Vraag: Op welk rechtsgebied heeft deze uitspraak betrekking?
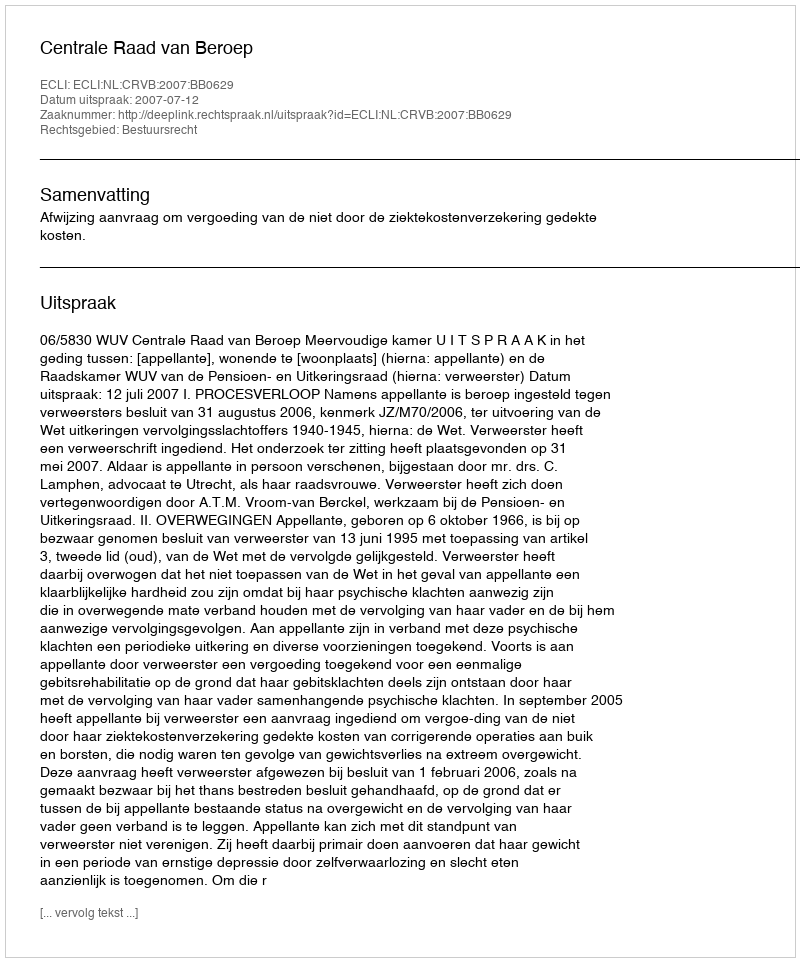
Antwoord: Bestuursrecht